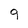
Character: 9